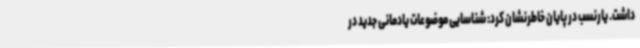
داشت. یارنسب در پایان خاطرنشان کرد: شناسایی موضوعات یادمانی جدید در